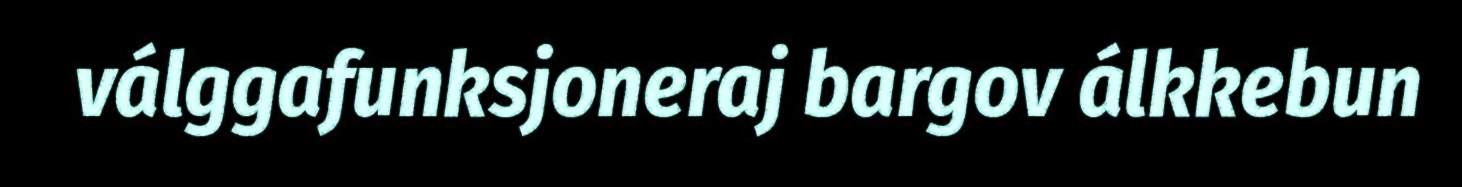
válggafunksjoneraj bargov álkkebun